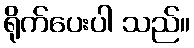
ရိုက်ပေးပါ သည်။